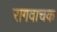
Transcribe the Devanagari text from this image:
रागवाचक